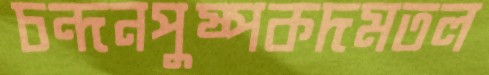
চন্দনপুষ্পকদমতল